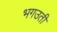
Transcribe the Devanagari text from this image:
भगउती